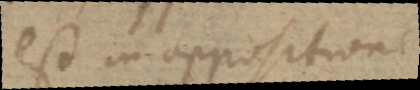
est in oppositione